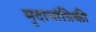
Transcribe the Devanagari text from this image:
मृदायांत्रिकी